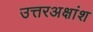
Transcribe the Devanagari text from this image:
उत्तरअक्षांश